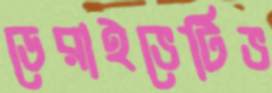
ডেরাইভেটিভ